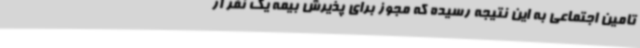
تامین اجتماعی به این نتیجه رسیده که مجوز برای پذیرش بیمه یک نفر از